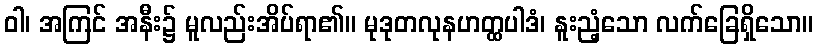
ဝါ၊ အကြင် အနီး၌ မူလည်းအိပ်ရာ၏။ မုဒုတလုနဟတ္ထပါဒံ၊ နူးညံ့သော လက်ခြေရှိသော။